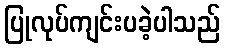
ပြုလုပ်ကျင်းပခဲ့ပါသည်